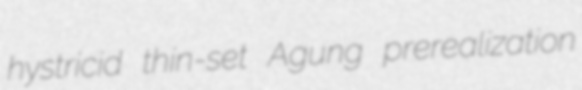
hystricid thin-set Agung prerealization